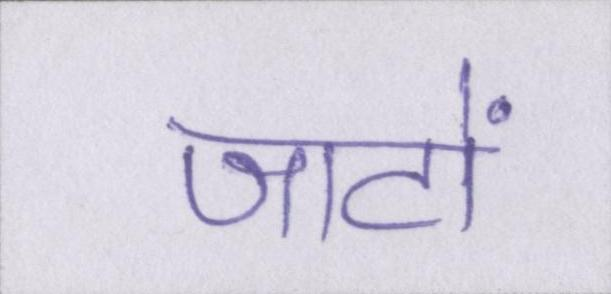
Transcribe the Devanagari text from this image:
जाटों